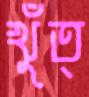
খুঁত্